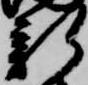
新